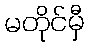
မတိုင်မှီ